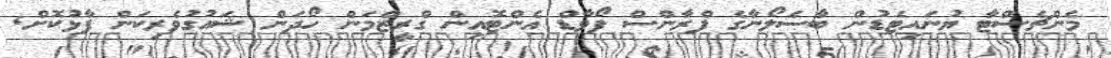
މެންޗެސްޓާ ޔުނައިޓެޑުން ބާސެލޯނާގެ ފްރާންސް ފޯވާޑް އެންޓޮއިން ގްރީޒްމަން ހޯދަން ޝައުގުވެރިކަން ފާޅުކޮށް